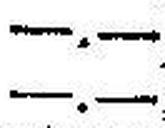
—.—